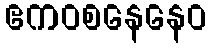
ဧကဝစနေနေဝ